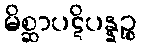
မိစ္ဆာပဋိပန္နဉ္စ